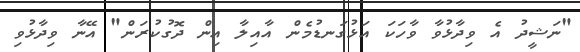
"ނަޝީދު އެ ވިދާޅުވާ ވާހަކަ އަޅުގަނޑުމެން އާއިލާ އިން ދޮގުކުރަން" އޭނާ ވިދާޅުވި